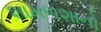
શામળશાનો